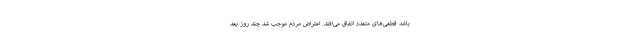
باشد قطعی‌های متعدد اتفاق می‌افتد. اعتراض مردم موجب شد چند روز بعد